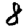
Digit: 8